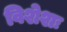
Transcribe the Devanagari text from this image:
विशेशः